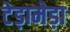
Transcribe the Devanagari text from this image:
टेड़ामेड़ा